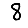
Digit: 8